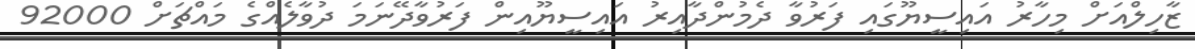
ޒާހިލްއަށް މިހާރު އައިސީޔޫގައި ފަރުވާ ދެމުންދާއިރު އައިސީޔޫއިން ފަރުވާދޭނަމަ ދުވާލެއްގެ މައްޗަށް 92000